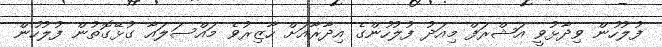
ފުލުހުން ވިދާޅުވީ އަޝްރަފް މިއަދު ފުލުހުންގެ އިދާރާއަށް ހާޒިރުވެ މައްސަލައާ ގުޅޭގޮތުން ފުލުހުން